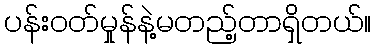
ပန်းဝတ်မှုန်နဲ့မတည့်တာရှိတယ်။